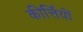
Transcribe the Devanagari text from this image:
कीर्त्तियों